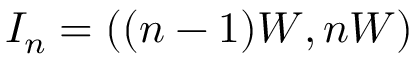
I _ { n } = ( ( n - 1 ) W , n W )